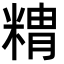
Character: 䊘